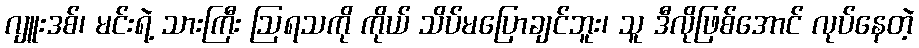
ဂျူးဒစ်၊ မင်းရဲ့ သားကြီး ဩရသကို ကိုယ် သိပ်မပြောချင်ဘူး၊ သူ ဒီလိုဖြစ်အောင် လုပ်နေတဲ့